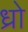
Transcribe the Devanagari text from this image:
ध्रो